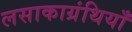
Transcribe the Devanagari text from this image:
लसाकाग्रंथियाँ